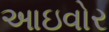
આઇવોર